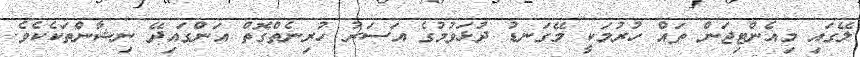
ލޭގައި މިއެންޓިޖަން ތައް ހުރުމަކީ މޭގަނޑު ދުޅަވުމުގެ އަސަރު ހުރިނެތްގޮތް އަންގައިދޭ ނިޝާންތަކެކެވެ.